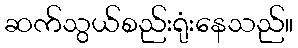
ဆက်သွယ်စည်းရုံးနေသည်။